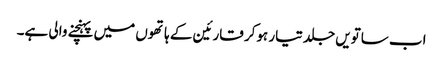
اب ساتویں جلد تیار ہوکر قارئین کے ہاتھوں میں پہنچنے والی ہے۔